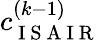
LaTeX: c_{\mathrm{~I~S~A~I~R~}}^{(k-1)}